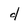
Character: d